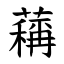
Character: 䕝